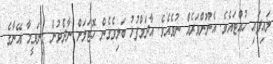
ލައިފައި ހުއްޓައެވެ. އެނޫންވަރެއް ނުވެއެވެ. އާދަމްފުޅު ބަލިވެގެން ހޮޓަލަށް ނާދެވުން ގިނަވީމާ އޭނާގެ